Vabadussoja_Ajaloo_Komitee, lk 16
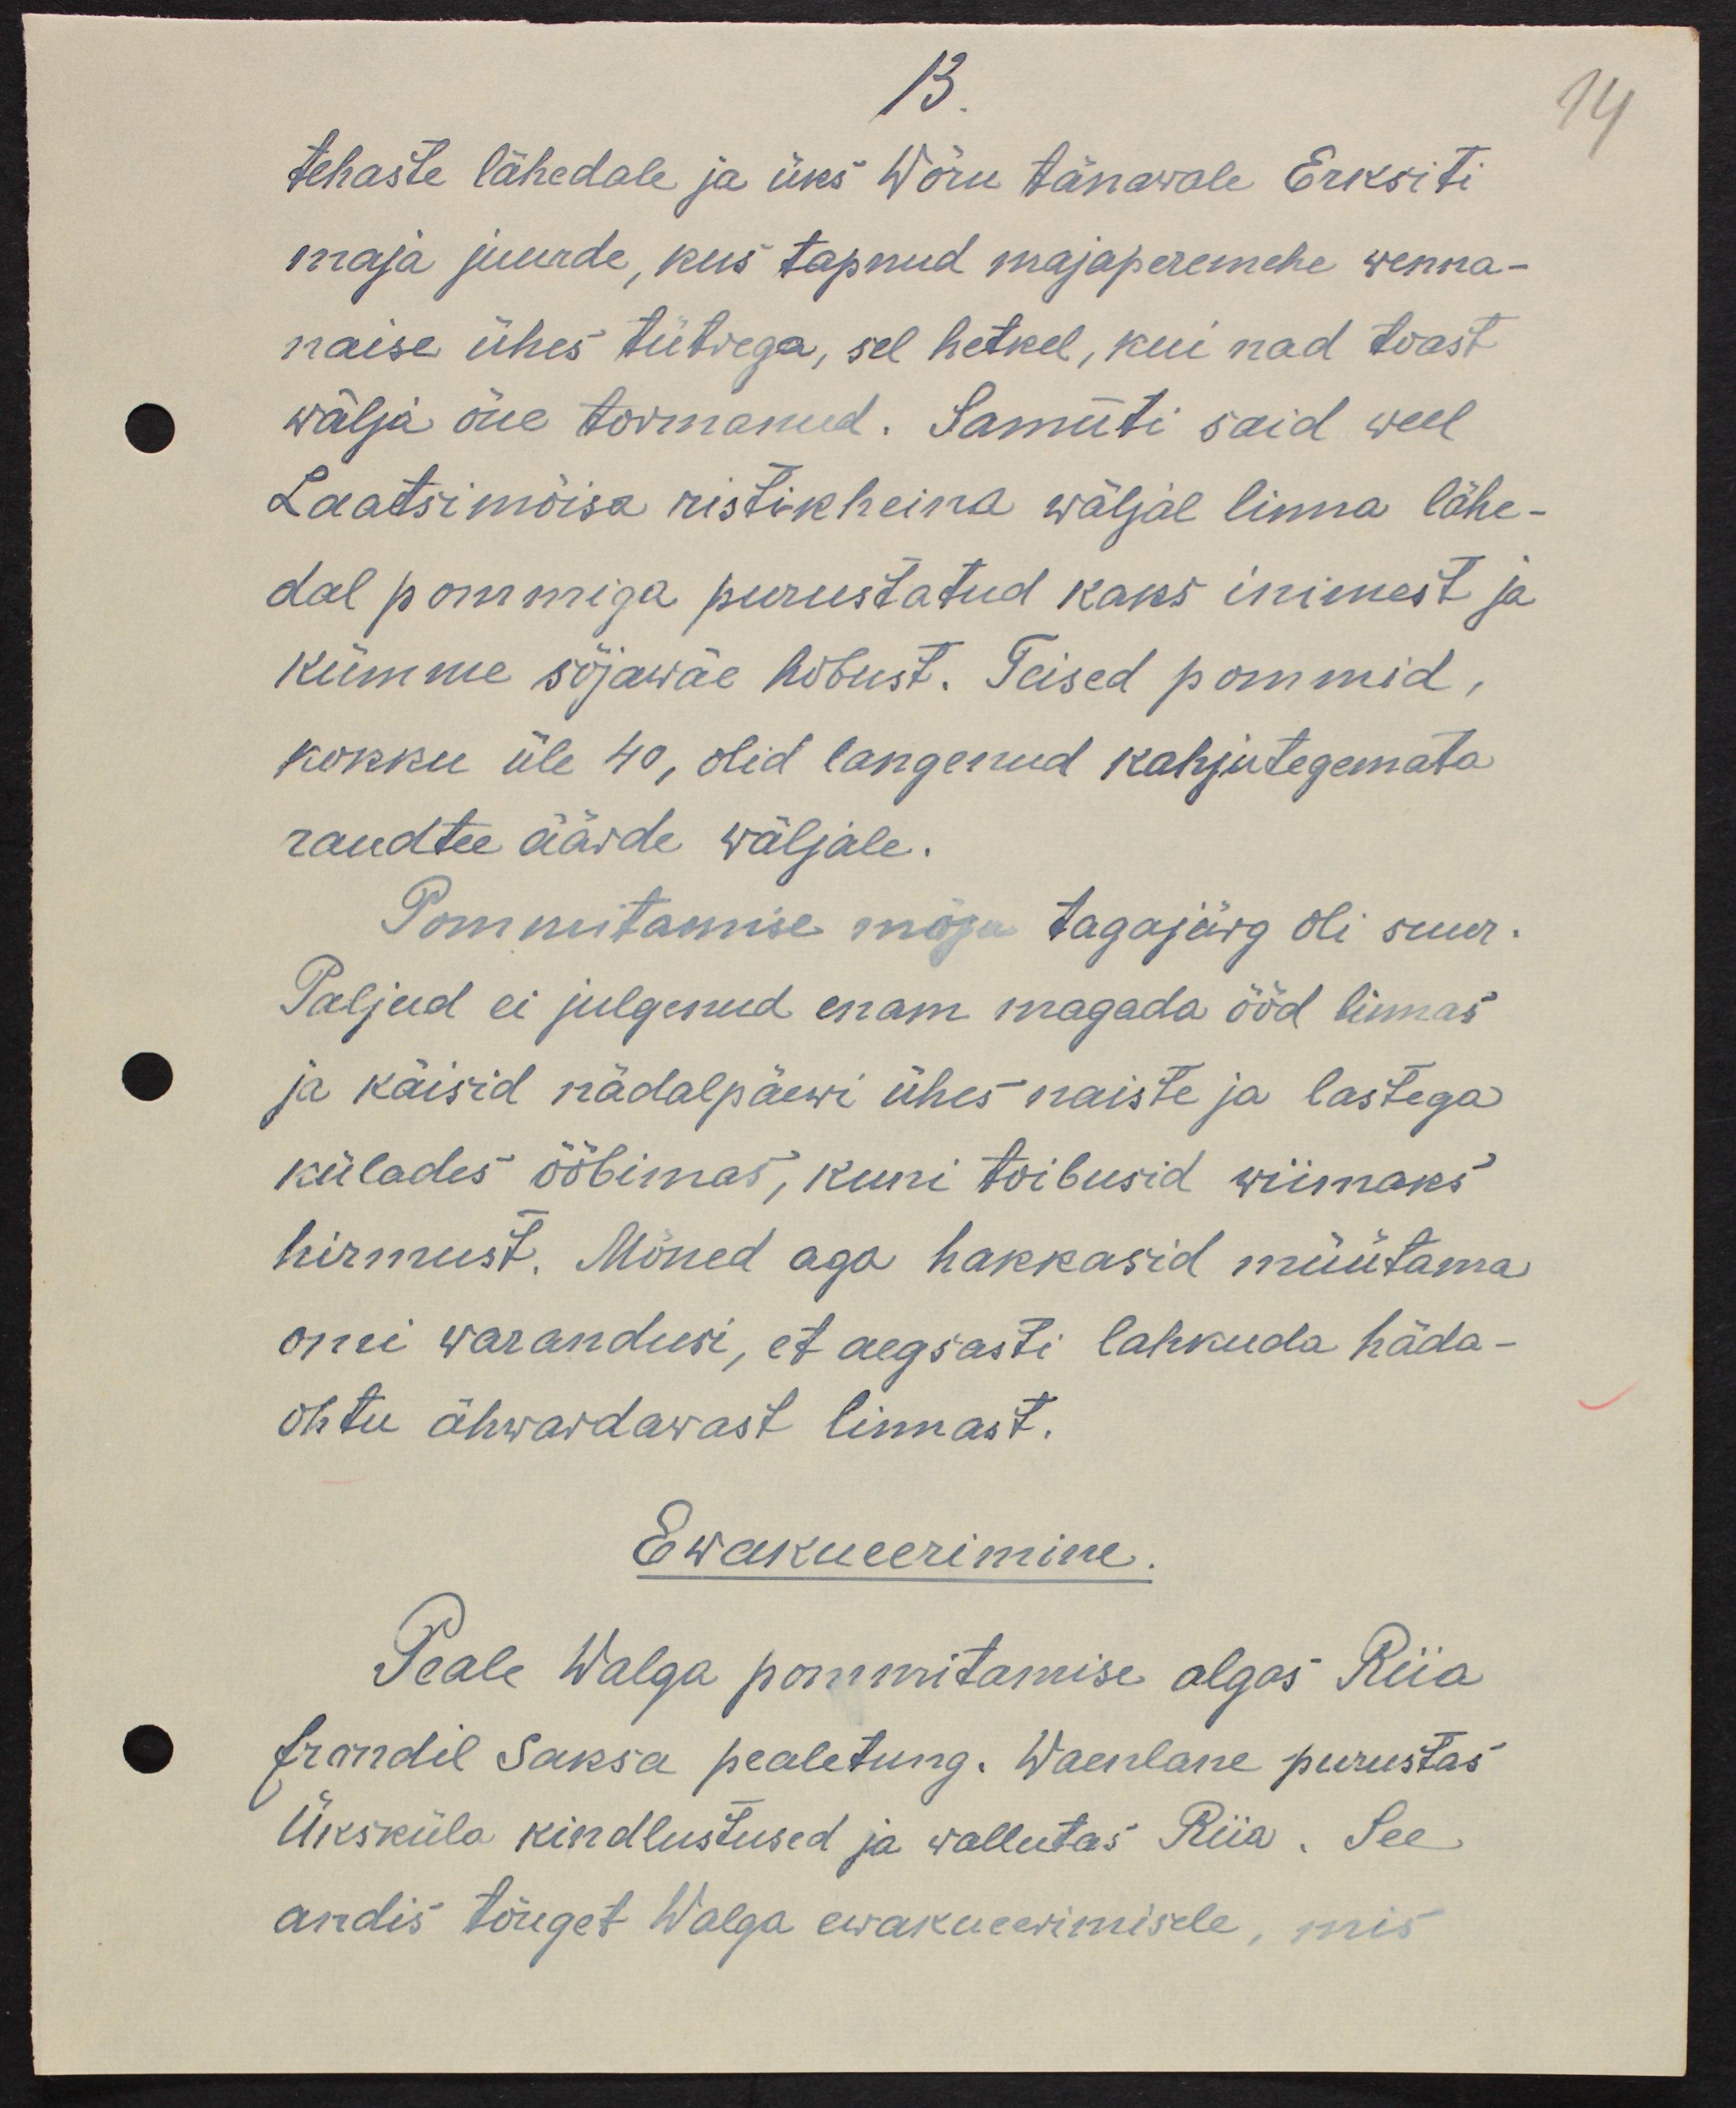
13
tehaste lähedale ja üks Wõru tänawale Erksiti
maja juurde, kus tapnud majaperemehe wenna-
naise ühes tütrega, sel hetkel, kui nad toast
wälja õue tormanud. Samuti said weel
Laatsimõisa ristikheina wäljal linna lähe-
dal pommiga purustatud kaks inimest ja
kümme sõjawäe hobust. Teised pommid,
kokku üle 40, olid langenud kahjutegemata
raudtee äärde wäljale.
Pommitamise mõju tagajärg oli suur.
Paljud ei julgenud enam magada ööd linnas
ja käisid nädalpäewi ühes naiste ja lastega
külades ööbimas kuni toibusid wiimaks
hirmust. Mõned aga hakkasid müütama
omi warandusi, et aegsasti lahkuda häda-
ohtu ähwardavast linnast.
Ewakueerimine
Peale Walga pommitamise algas Riia
frondil saksa pealetung. Waenlane purustas
Üksküla kindlustused ja wallutas Riia. See
andis tõuget Walga ewakueerimisele, mis